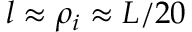
l \approx \rho _ { i } \approx L / 2 0